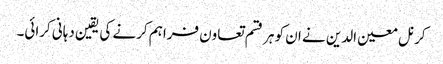
کرنل معین الدین نے ان کو ہر قسم تعاون فراہم کرنے کی یقین دہانی کرائی۔